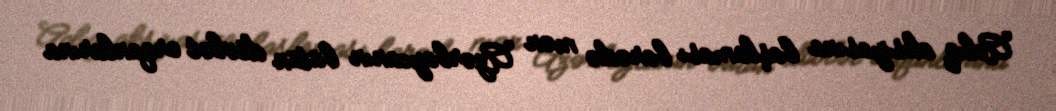
Aclıq aksiyasına başlaması barədə mən Azərbaycanın bütün dövlət orqanlarına